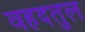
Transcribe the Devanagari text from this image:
वहदतुल